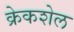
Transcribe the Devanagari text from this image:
क्रेकशेल